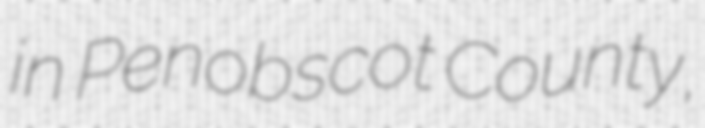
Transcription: in Penobscot County,